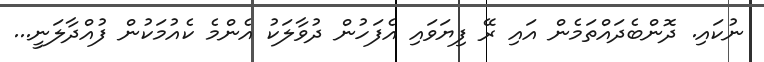
ނުކައި. ދޮންބެދައްތަމެން އައި ރޭ ފިޔަވައި އެފަހުން ދުވާލަކު އެންމެ ކެއުމަކުން ފުއްދާލަނީ...